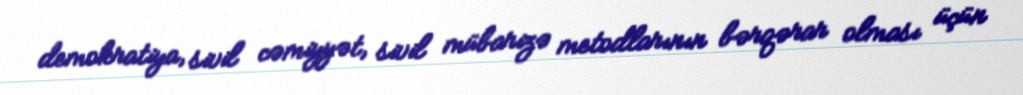
demokratiya, sivil cəmiyyət, sivil mübarizə metodlarının bərqərar olması üçün